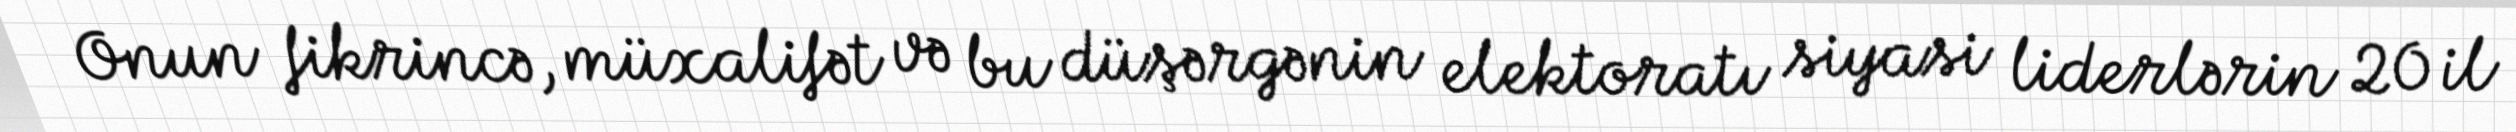
Onun fikrincə, müxalifət və bu düşərgənin elektoratı siyasi liderlərin 20 il